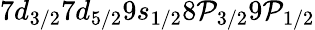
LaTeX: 7d_{3/2}7d_{5/2}9s_{1/2}8\mathcal{P}_{3/2}9\mathcal{P}_{1/2}